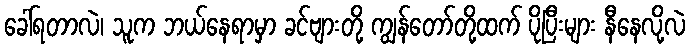
ခေါ်ရတာလဲ၊ သူက ဘယ်နေရာမှာ ခင်ဗျားတို့ ကျွန်တော်တို့ထက် ပိုပြီးများ နီနေလို့လဲ